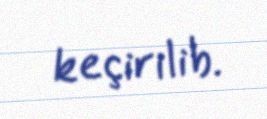
keçirilib.